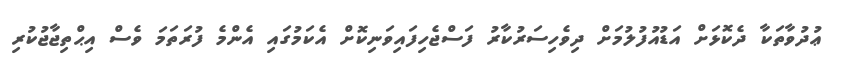
ޢުދުވާތަކާ ދެކޮޅަށް އަޑުއުފުލުމަށް ދިވެހިސަރުކާރު ފަސްޖެހިފައިވަނިކޮށް އެކަމުގައި އެންމެ ފުރަތަމަ ވެސް އިޙްތިޖާޖުކުރި